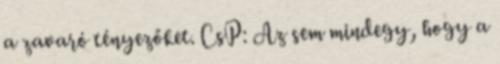
a zavaró tényezőket. CsP: Az sem mindegy, hogy a